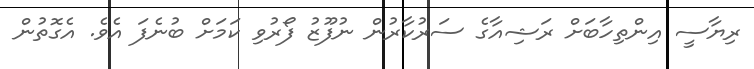
ރިޔާސީ އިންތިހާބަށް ރަޝިއާގެ ސަރުކާރުން ނުފޫޒު ފޯރުވި ކަމަށް ބުނެފަ އެވެ. އެގޮތުން